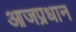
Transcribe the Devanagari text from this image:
आजप्रधान